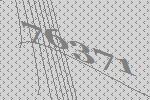
76371